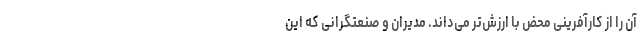
آن را از کارآفرینی محض با ارزش‌تر می‌داند. مدیران و صنعتگرانی که این